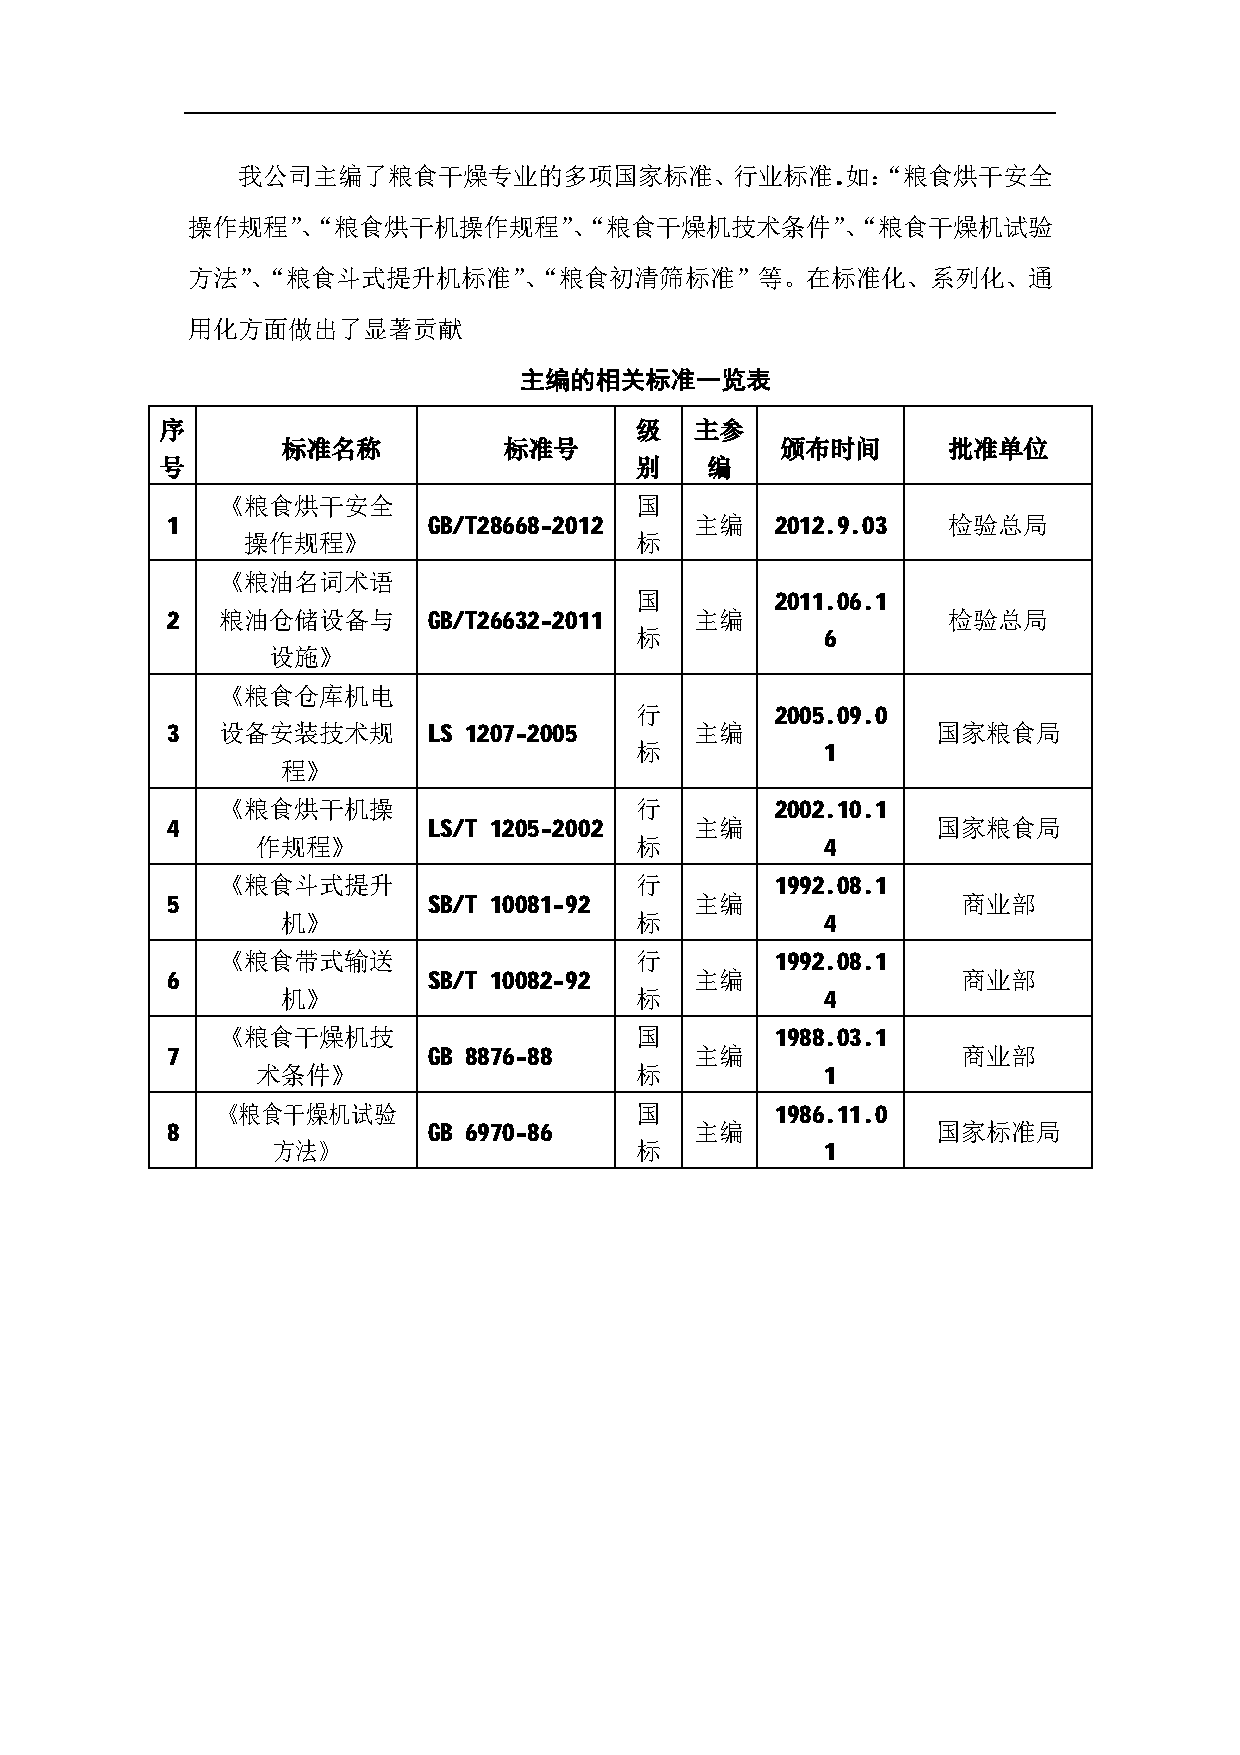
我公司主编了粮食干燥专业的多项国家标准、行业标准.如：“粮食烘干安全
 操作规程”、“粮食烘干机操作规程”、“粮食干燥机技术条件”、“粮食干燥机试验
 方法”、“粮食斗式提升机标准”、“粮食初清筛标准”等。在标准化、系列化、通
 用化方面做出了显著贡献
 主编的相关标准一览表
 序                              级   主参
 标准名称          标准号                颁布时间       批准单位
 号                              别    编
 《粮食烘干安全                     国
 1                GB/T28668-2012    主编   2012.9.03   检验总局
 操作规程》                     标
 《粮油名词术语
 国        2011.06.1
 2  粮油仓储设备与       GB/T26632-2011    主编               检验总局
 标            6
 设施》
 《粮食仓库机电
 行        2005.09.0
 3  设备安装技术规       LS 1207-2005      主编              国家粮食局
 标            1
 程》
 《粮食烘干机操                     行        2002.10.1
 4                LS/T 1205-2002    主编              国家粮食局
 作规程》                     标            4
 《粮食斗式提升                     行        1992.08.1
 5                SB/T 10081-92     主编                商业部
 机》                     标            4
 《粮食带式输送                     行        1992.08.1
 6                SB/T 10082-92     主编                商业部
 机》                     标            4
 《粮食干燥机技                     国        1988.03.1
 7                GB 8876-88        主编                商业部
 术条件》                     标            1
 《粮食干燥机试验                    国        1986.11.0
 8                GB 6970-86        主编              国家标准局
 方法》                     标            1